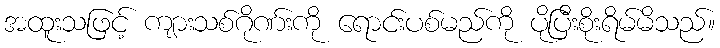
အထူးသဖြင့် ကျားသစ်ဂိုဏ်းကို ရောင်းပစ်မည်ကို ပိုပြီးစိုးရိမ်မိသည်။